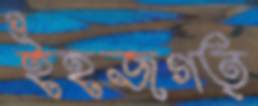
ইহজগত্